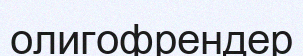
олигофрендер